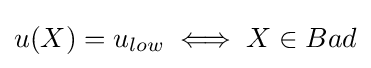
u(X)=u_{low}\iff X\in Bad